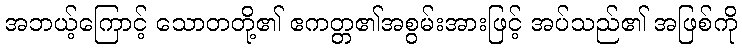
အဘယ့်ကြောင့် သောတတို့၏ ဧကတ္တ၏အစွမ်းအားဖြင့် အပ်သည်၏ အဖြစ်ကို